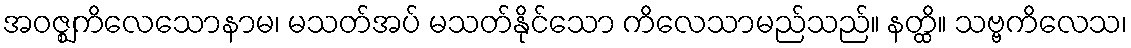
အဝဇ္ဈကိလေသောနာမ၊ မသတ်အပ် မသတ်နိုင်သော ကိလေသာမည်သည်။ နတ္ထိ။ သဗ္ဗကိလေသ၊